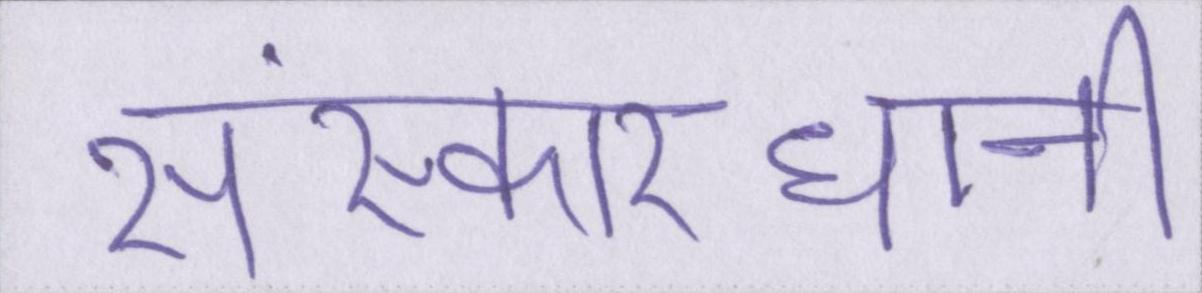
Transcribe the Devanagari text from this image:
संस्कारधानी